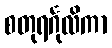
စတုရင်္ဂုလိကာ